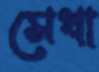
সেখা